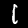
Label: 1